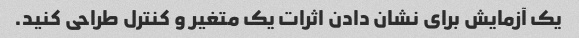
یک آزمایش برای نشان دادن اثرات یک متغیر و کنترل طراحی کنید.